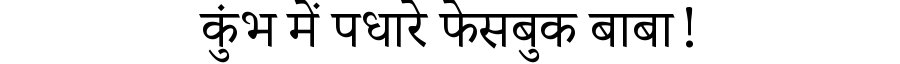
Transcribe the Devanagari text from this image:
कुंभ में पधारे फेसबुक बाबा!